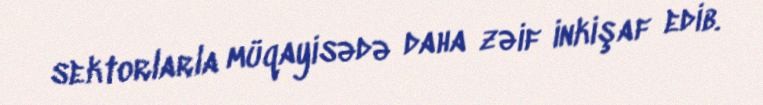
sektorlarla müqayisədə daha zəif inkişaf edib.